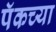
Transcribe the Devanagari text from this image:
पॅकच्या